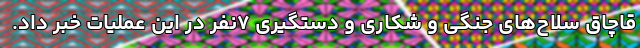
قاچاق سلاح‌های جنگی و شکاری و دستگیری ۷نفر در این عملیات خبر داد.